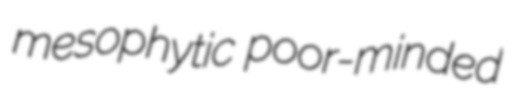
mesophytic poor-minded